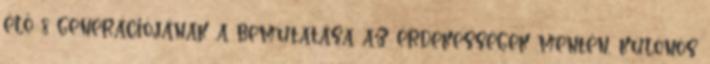
élő 8 generációjának a bemutatása az érdekességek mentén, különös